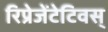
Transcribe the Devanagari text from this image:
रिप्रेजेंटेटिवस्